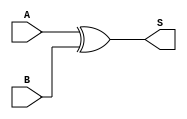
module XOR_Gate (
    input A,
    input B,
    output S
);
    assign S = A ^ B; // XOR operation
endmodule